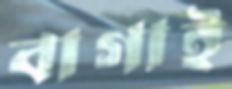
বাগাই